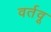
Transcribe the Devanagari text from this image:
वर्तवू